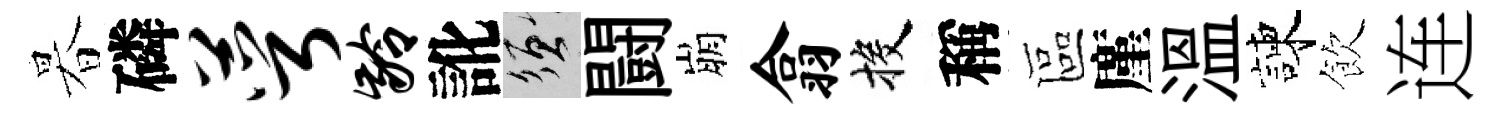
暮磷萼龄訛須闘崩翕投稱區廑溫諫飲连